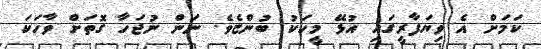
ކަމަށް އެ ވިޔަފާރީގައި އުޅޭ މީހަކު ބުންޏެވެ. ނަން ނުޖަހާ ގޮތަށް ވާހަކަ